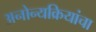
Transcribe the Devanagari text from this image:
अनोन्यक्रियांचा